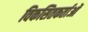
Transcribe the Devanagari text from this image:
विकसितकर्ताओं